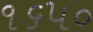
૧૬૫૦